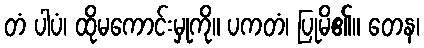
တံ ပါပံ၊ ထိုမကောင်းမှုကို။ ပကတံ၊ ပြုမိ၏။ တေန၊